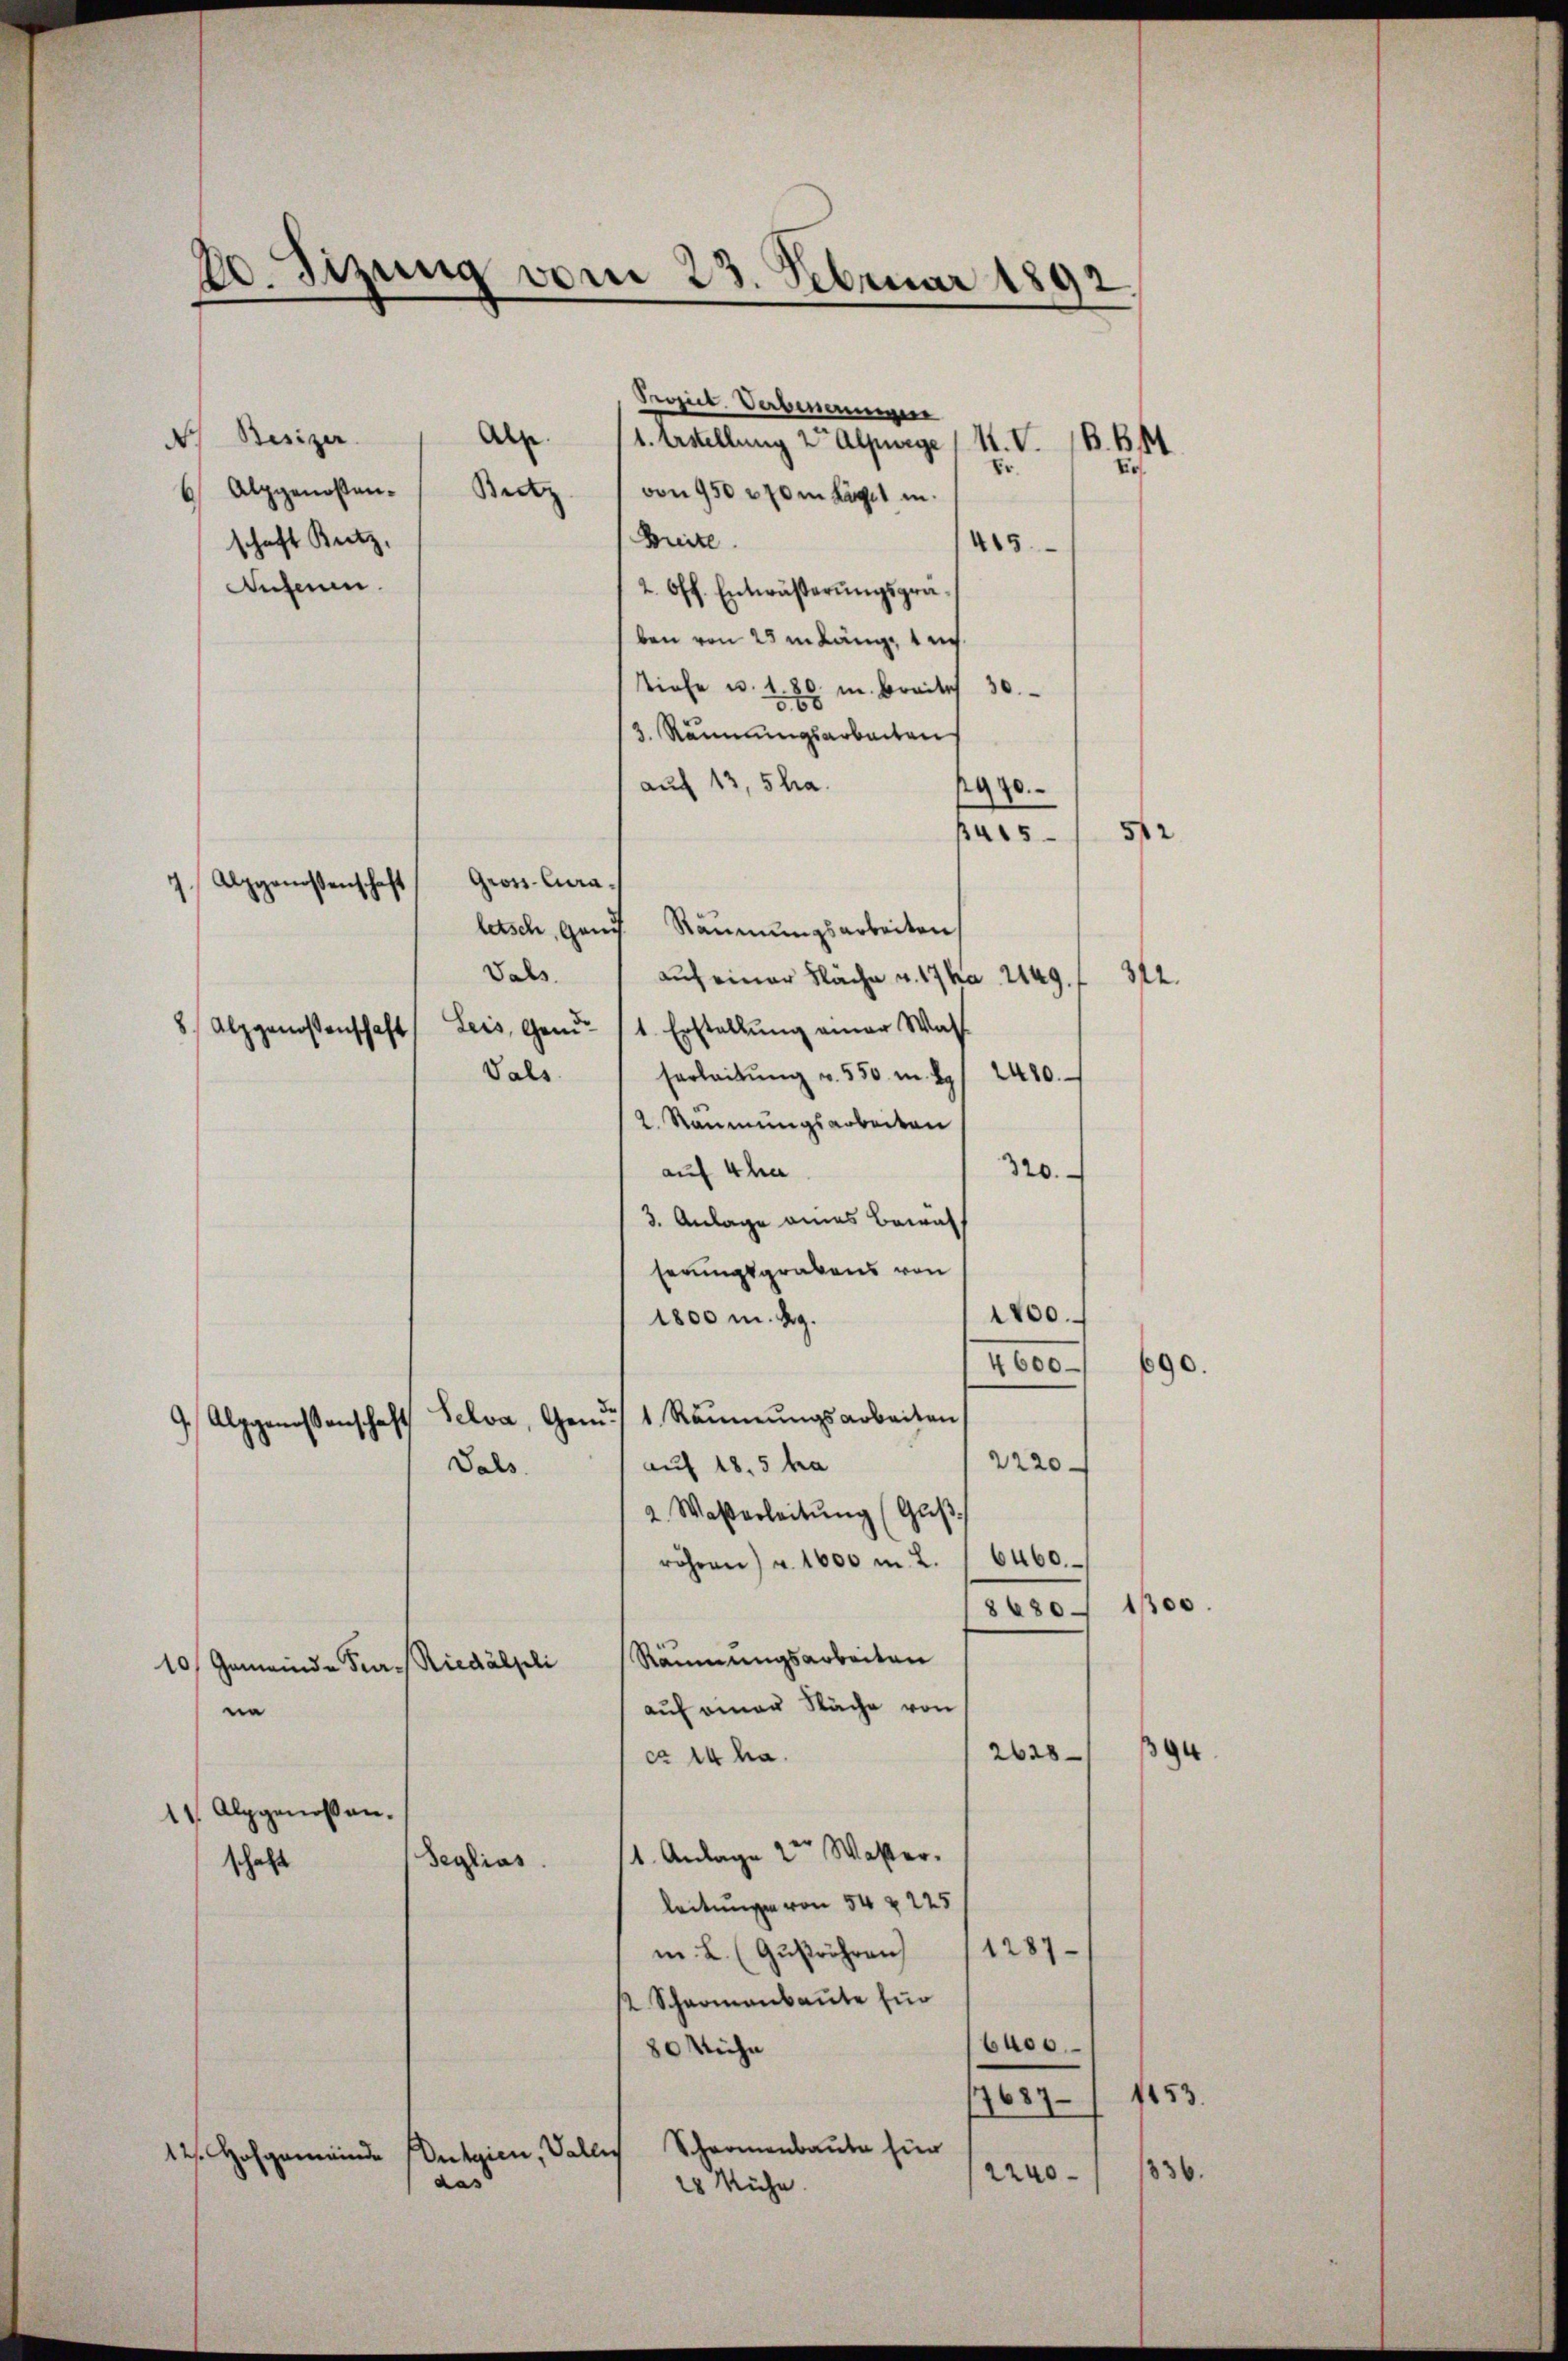
60. Sizung vom 23. Februar 1892.

Besizer
d
6 Alpgenossen-
schaft Kitz,
Susannen.

3. Räumungsarbeiten
auf 13, 5 ha.
970.
letsch, gand Räumungsarbeiten
Vals. 1 auf einer Fläche u. 17 ka 1149. 312.
ferleitŭng u. 550 m 8. 2420.
2. Räumungsarbeiten
320.
auf 4 ha
3. Anlage eines Bewahserungsgrabens von
2700.
1800 m. Ag.
4600 –
Selva, Gemdes 1 Räŭmŭngsarbeiten,
d
 Alpgenossenscha
2220
auf 18,5 ha
Sals.
2. Waßerleitŭng (Gŭβ
röhren) u. 1600 m 2. 16460.
8680. 1300.
Räumungsarbeiten
10/ Gemeinde Pur-Riedálpli
auf einer Näche von
ne
2620
ca 14 ha.
11 Alpgenoßen.
1. Anlage 2ten Waster.
Seglias
schaft
leitungen von 54 x 225
m. L. (Gŭsröhren 1287.
2 Schaamanbaute für
6400.
80 Miche
1153.
7687
Schwamenbaute für
Detaien, Vallis
12. Hofgemeinde
2240
das
28 Ruhe.

Alpgenossenschaft
.

Gross-Cura¬
8) Alpgenossenschaft Leis, Gemd. 11. Erstellung einer Wass
Vals.

Al
Bictz

Seriet. Verbenommen
1. Erstellung vor Alpwege / M. V. B. B
von 950 270 m Hügel in
Breite
2. Off. Entwäßerungspräben von 25 in Länge tes
Tiefe u. 1. 80. m. Breite 30

Er.
415

1415

52

E.

336.

690.

94